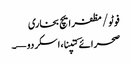
فوٹو/ مظفر ایچ بخاری
صحرائے کتپنا، اسکردو—۔